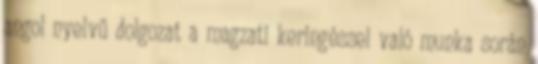
angol nyelvű dolgozat a magzati keringéssel való munka során